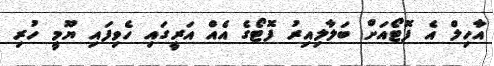
އާހިލް އެ ފޮޓޯއަށް ބަލާލިއިރު ފޮޓޯގެ އެއް އަރީގައި ހެވިފައި ޔޫމީ ހުރި